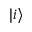
| i \rangle